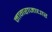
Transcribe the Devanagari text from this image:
नागराजाधार